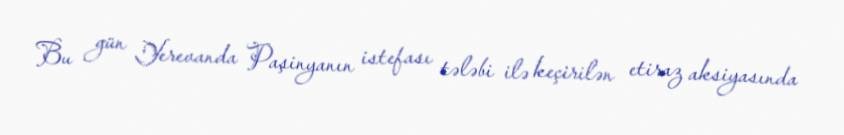
Bu gün Yerevanda Paşinyanın istefası tələbi ilə keçirilən etiraz aksiyasında